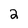
Character: 2